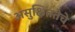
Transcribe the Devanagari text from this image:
असुक्षिततेचे